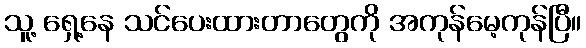
သူ့ ရှေ့နေ သင်ပေးထားတာတွေကို အကုန်မေ့ကုန်ပြီ။